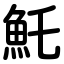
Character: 魠